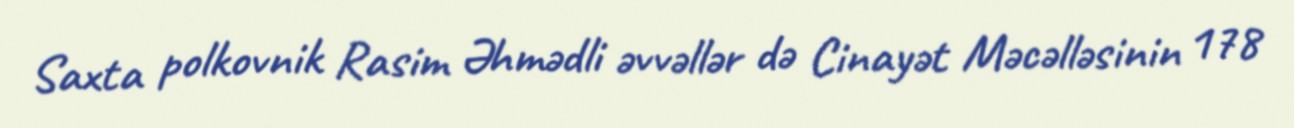
Saxta polkovnik Rasim Əhmədli əvvəllər də Cinayət Məcəlləsinin 178